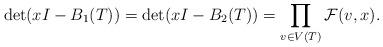
LaTeX: \begin{align*} \det(xI - B_1(T)) = \det(xI - B_2(T)) &= \prod_{v \in V(T)} \mathcal{F}(v, x) . \end{align*}